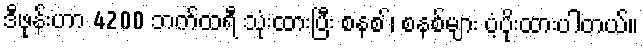
ဒီဖုန်းဟာ 4200 ဘက်ထရီ သုံးထားပြီး စနစ ်၊ စနစ်များ ပံ့ပိုးထားပါတယ်။